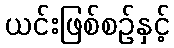
ယင်းဖြစ်စဉ်နှင့်